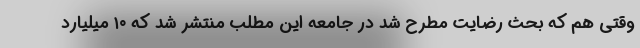
وقتی هم که بحث رضایت مطرح شد در جامعه این مطلب منتشر شد که ۱۰ میلیارد